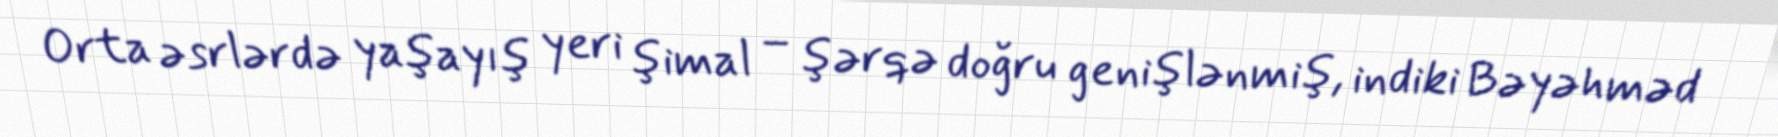
Orta əsrlərdə yaşayış yeri şimal – şərqə doğru genişlənmiş, indiki Bəyəhməd